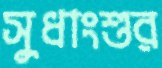
সুধাংশুর